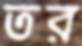
তর